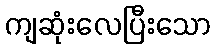
ကျဆုံးလေပြီးသော